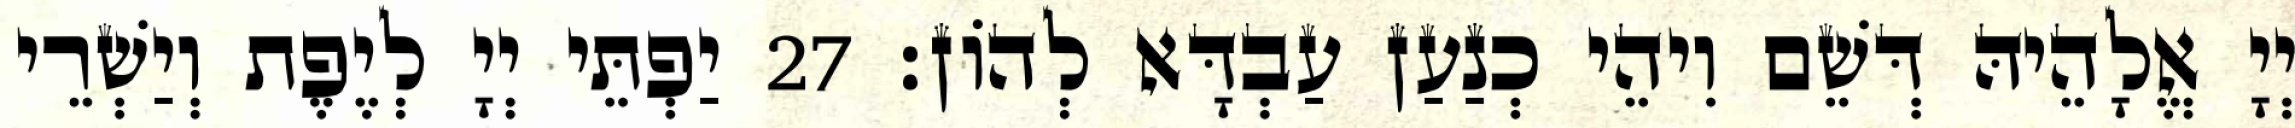
יְיָ אֱלָהֵיהּ דְּשֵׁם וִיהֵי כְנַעַן עַבְדָּא לְהוֹן׃ 27 יַפְתֵּי יְיָ לְיֶפֶת וְיַשְׁרֵי